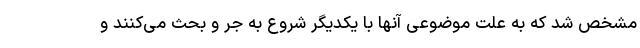
مشخص شد که به علت موضوعی آنها با یکدیگر شروع به جر و بحث می‌کنند و